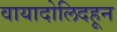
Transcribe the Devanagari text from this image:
वायादोलिदहून